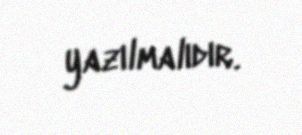
yazılmalıdır.